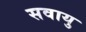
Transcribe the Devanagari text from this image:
सवायु